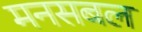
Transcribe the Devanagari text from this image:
मनसबल